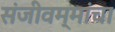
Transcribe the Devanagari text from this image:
संजीवम्मांचा